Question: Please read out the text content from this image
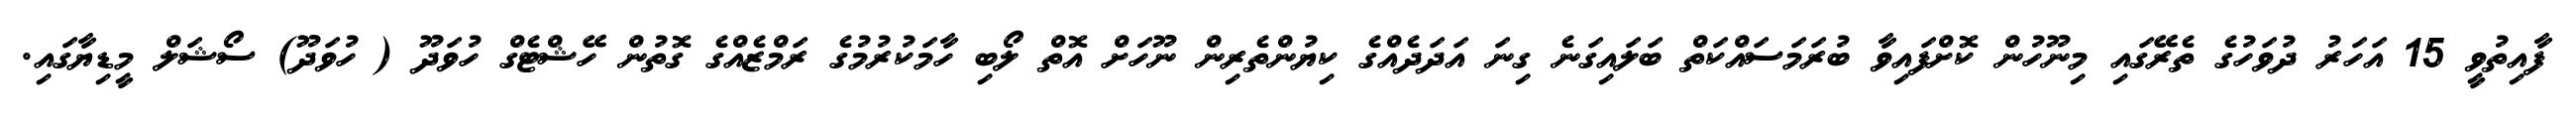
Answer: ފާއިތުވީ 15 އަހަރު ދުވަހުގެ ތެރޭގައި މިނޫހުން ކޮށްފައިވާ ބުރަމަސައްކަތް ބަލައިގަނެ ގިނަ އަދަދެއްގެ ކިޔުންތެރިން ނޫހަށް އޮތް ލޯބި ހާމަކުރުމުގެ ރަމްޒެއްގެ ގޮތުން ހޭޝްޓެގް ހުވަދޫ ( ހުވަދޫ) ސޯޝަލް މީޑިޔާގައި.